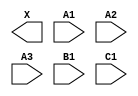
module sky130_fd_sc_ms__o311a (
    X ,
    A1,
    A2,
    A3,
    B1,
    C1
);

    output X ;
    input  A1;
    input  A2;
    input  A3;
    input  B1;
    input  C1;

    // Voltage supply signals
    supply1 VPWR;
    supply0 VGND;
    supply1 VPB ;
    supply0 VNB ;

endmodule